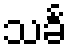
သင်္ခ